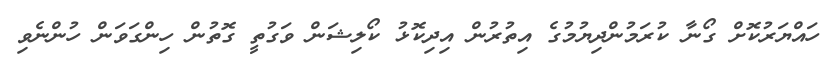
ހައްޔަރުކޮށް ގޯނާ ކުރަމުންދިޔުމުގެ އިތުރުން އިދިކޮޅު ކޯލިޝަން ވަގުތީ ގޮތުން ހިންގަވަން ހުންނެވި